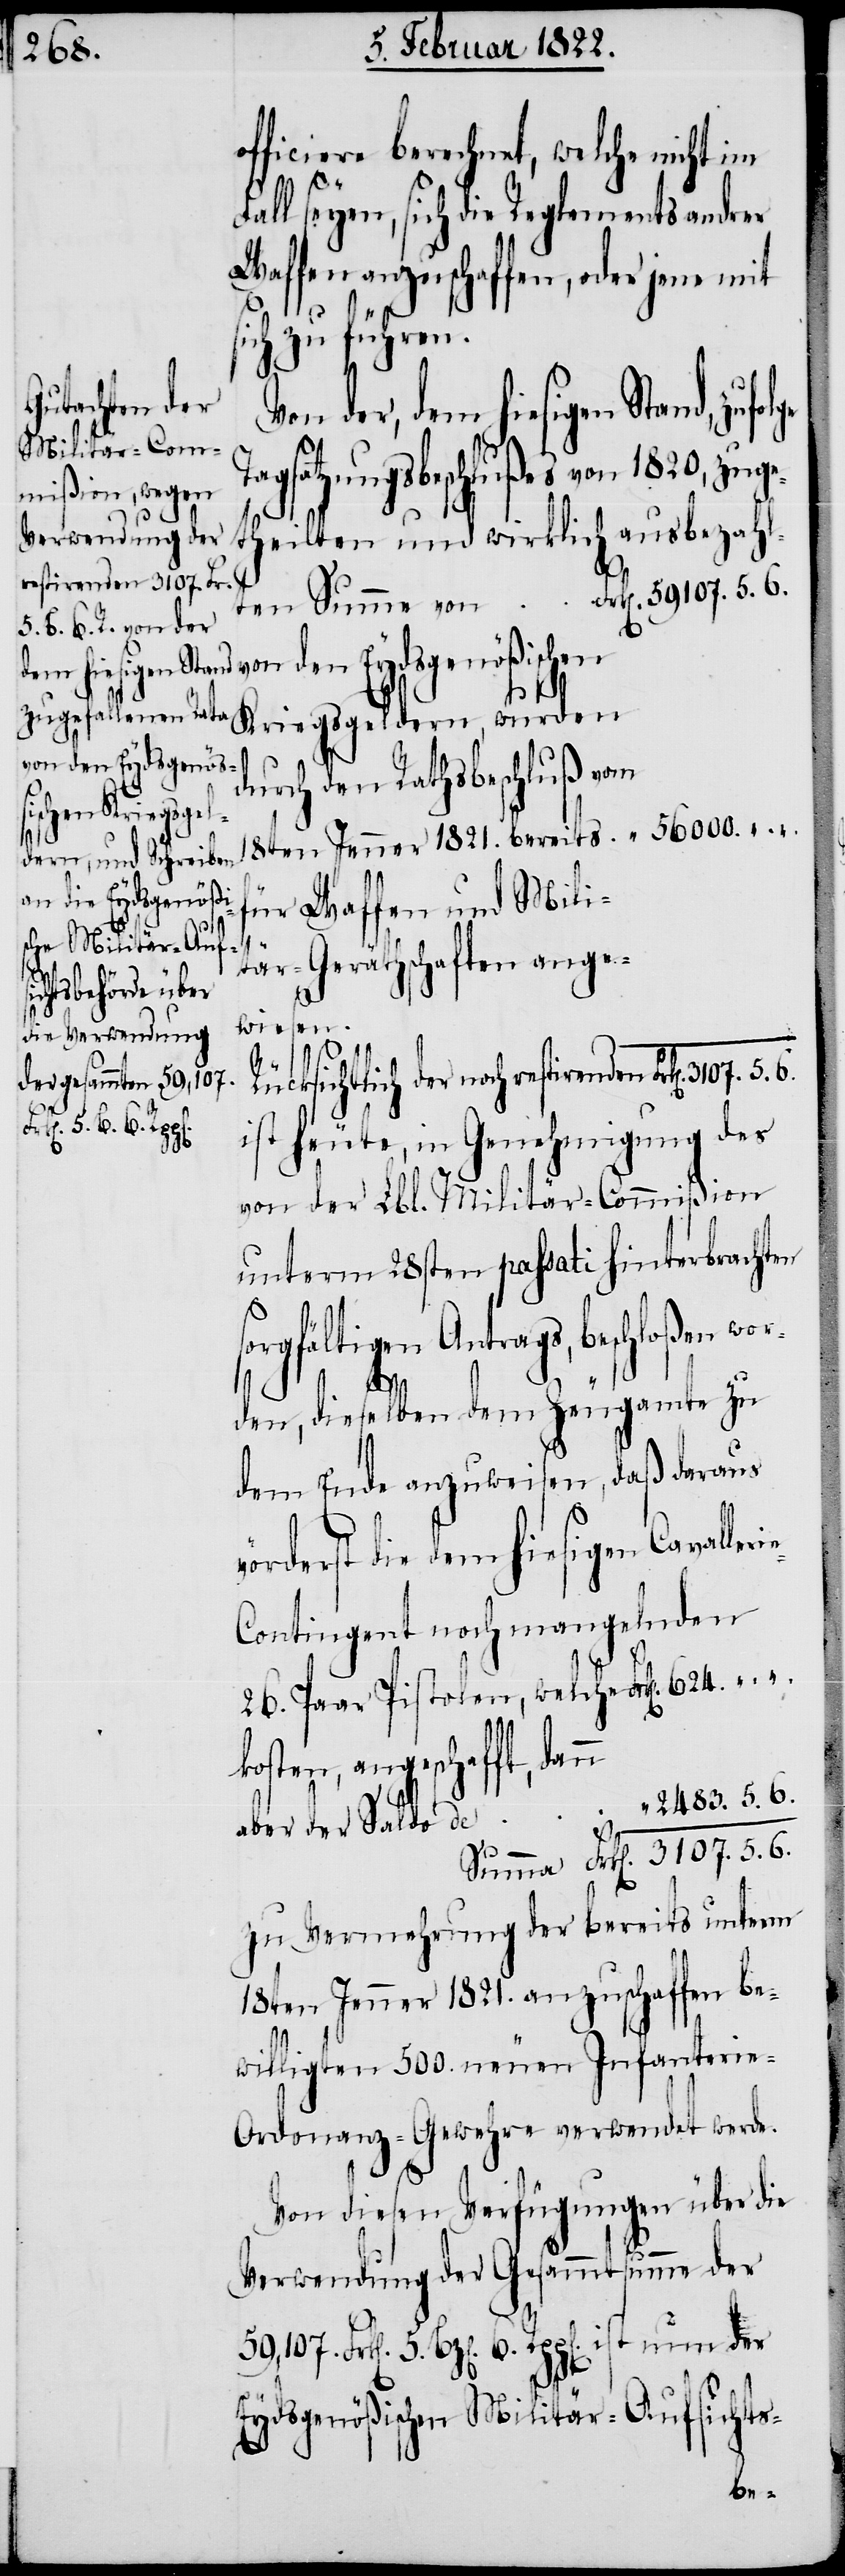
2483.5.6
officiere berechnet, welche nicht im
all seyen, sich die Reglements andrer
Waffen anzuschaffen, oder jene mit
ch zu führen.
Tagsatzungsbeschlußes 1820. zuge¬
n
Kriegsgeldern, wurden
von den Eydsgenöß¬
18ten Jenner 1821. bereits				 “ 56000.
für Waffen und Mili¬
tär-Geräthschaften ange¬
wiesen.
Rücksichtlich der noch restirenden
p[en]. ist nun der
ist heute, in Genehmigung des
von der Lbl. Militär-Commißion
unterm 28sten passati, hinterbrachten
sorgfältigen Antrags, beschloßen wor¬
634.
den, dieselben dem Zeugamte zu
dem Ende anzuweisen, daß daraus
vörderst die dem hiesigen Cavaller¬
26. Paar Pistolen, welche
kosten, angeschafft, dan¬
zu Vermehrung der bereits unterm
18. Jenner 1821. anzuschaffen be¬
willigten 500. neuen Infanterie-O¬
rdonanz-Gewehre verwendet werde.
Von diesen Verfügungen über die
Verwendung der Gesammtsumme der
Eydsgenößischen Militär-Aufsichts-